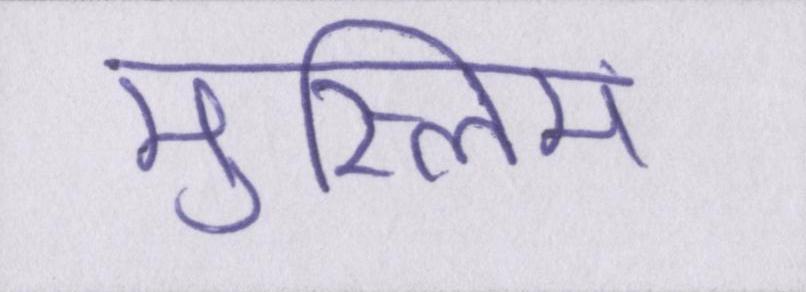
मुस्लिम